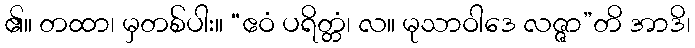
၏။ တထာ၊ မှတစ်ပါး။ “ဧဝံ ပရိတ္တံ၊ လ။ မုသာဝါဒေ လဇ္ဇာ”တိ အာဒိ၊